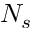
N _ { s }